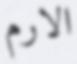
الارم